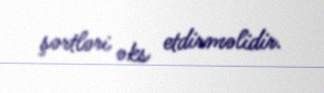
şərtləri əks etdirməlidir.